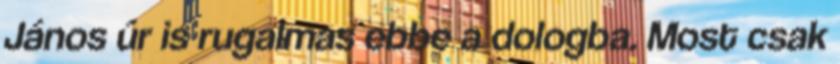
János úr is rugalmas ebbe a dologba. Most csak